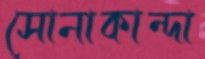
সোনাকান্দা